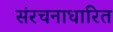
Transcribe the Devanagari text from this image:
संरचनाधारित